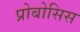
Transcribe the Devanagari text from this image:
प्रोबोसिस